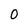
Character: 0